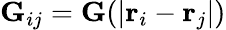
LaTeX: \mathbf{G}_{ij}=\mathbf{G}(|{\textbf r}_{i}-{\textbf r}_{j}|)